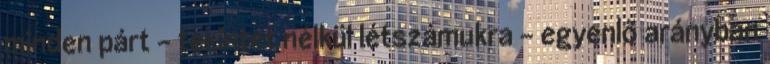
minden párt – tekintet nélkül létszámukra – egyenlő arányban